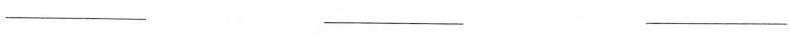
___ ___ ___